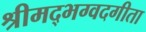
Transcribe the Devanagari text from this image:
श्रीमद्भग्वदगीता